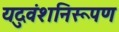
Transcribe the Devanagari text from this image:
यदुवंशनिरूपण